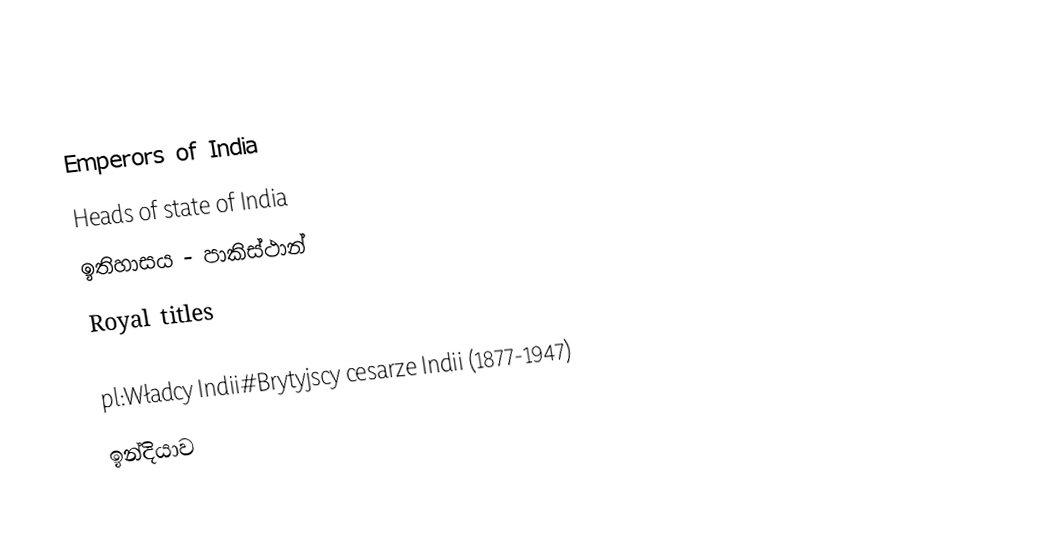
Emperors of India
Heads of state of India
ඉතිහාසය - පාකිස්ථාන්
Royal titles

pl:Władcy Indii#Brytyjscy cesarze Indii (1877-1947)
ඉන්දියාව